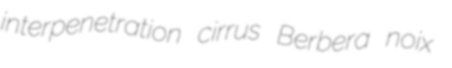
interpenetration cirrus Berbera noix